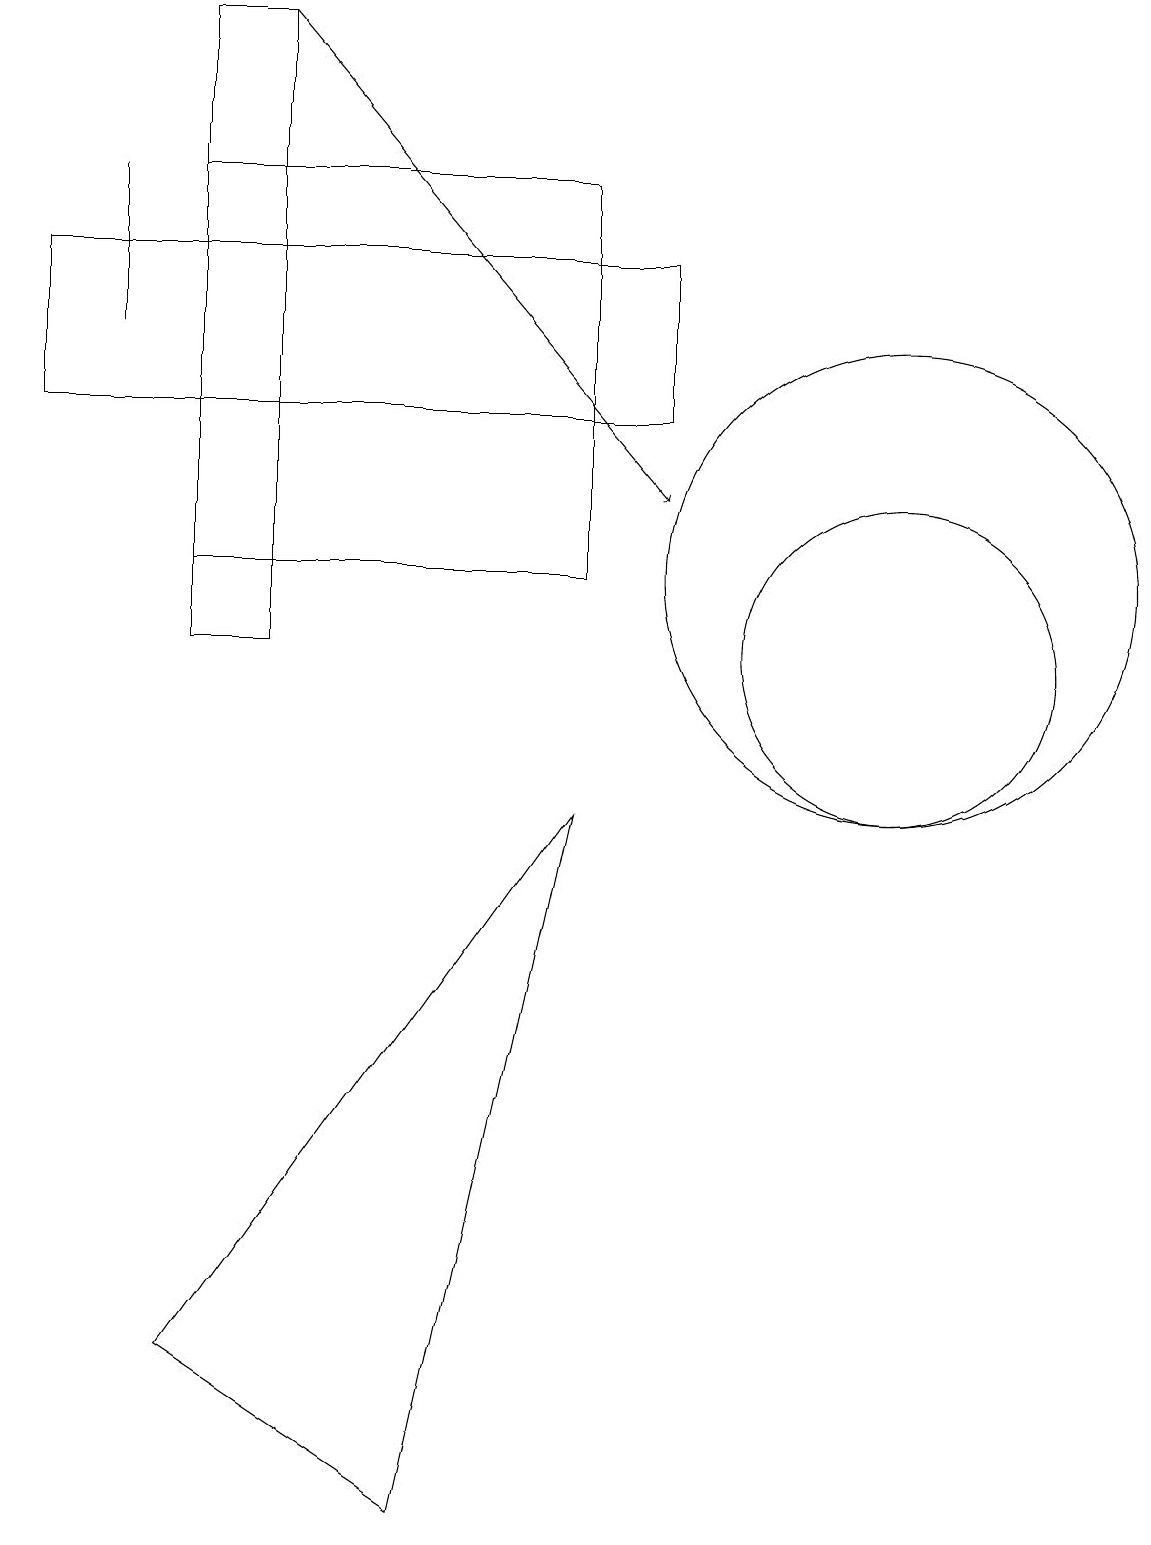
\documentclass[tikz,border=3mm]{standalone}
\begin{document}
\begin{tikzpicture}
\draw (11,12) circle (3);
\draw (2,17) rectangle (7,12);
\draw (11,11) circle (2);
\draw (7,9) -- (2,2) -- (5,0) -- cycle;
\draw (8,16) rectangle (0,14);
\draw (3,19) rectangle (2,11);
\draw[->] (3,19) -- (8,13);
\draw (1,17) rectangle (1,15);
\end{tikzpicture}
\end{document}